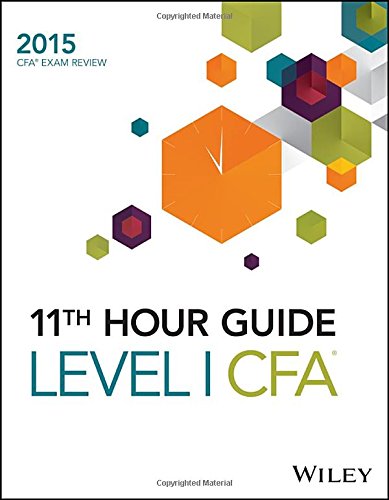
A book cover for Wiley 11th Hour Guide for 2015 Level I CFA; Wiley; Business & Money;